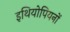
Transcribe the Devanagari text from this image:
इथियोपियनों